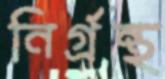
নির্গ্রন্থ